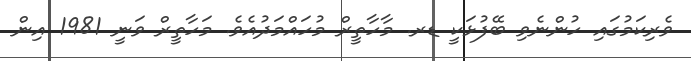
ވެރިކަމުގައި ހުންނެވި ބޭފުޅަކީ ޑރ. މާހާތީރް މުހައްމަދުއެވެ. މަހާތީރް ވަނީ 1981 އިން